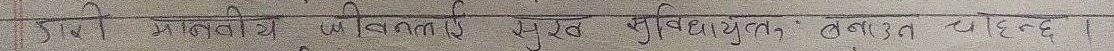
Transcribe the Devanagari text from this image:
श्री माननीया मुख्यमंत्री सुदूर सुविधायुक्त नवीन चेहरे |